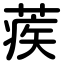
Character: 蒺